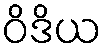
ဝိဒိယ